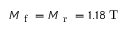
M _ { \mathrm { ~ f ~ } } = M _ { \mathrm { ~ r ~ } } = 1 . 1 8 \: \mathrm { T }